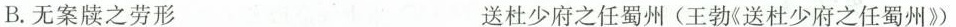
B.无案牍之劳形 送杜少府之任蜀州(王勃《送杜少府之任蜀州》)